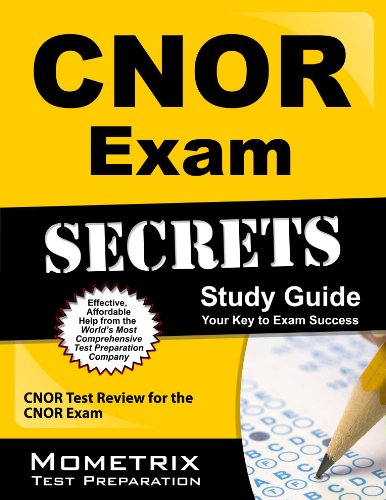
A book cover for CNOR Exam Secrets Study Guide: CNOR Test Review for the CNOR Exam; Medical Books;